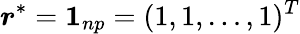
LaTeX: \boldsymbol{r}^{*}=\mathbf{1}_{np}=(1,1,\ldots,1)^{T}